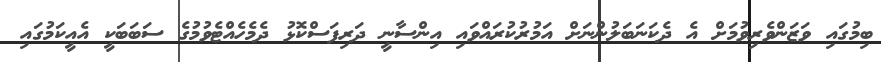
ބިމުގައި ވަޒަންވެރިވުމަށް އެ ދެކަނަބަލުންނަށް އަމުރުކުރައްވައި އިންސާނީ ދަރިފަސްކޮޅު ދެމެހެއްޓެވުމުގެ ސަބަބަކީ އެއީކަމުގައި